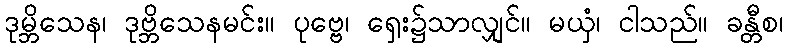
ဒုမ္ဘိသေန၊ ဒုဗ္ဘိသေနမင်း။ ပုဗ္ဗေ၊ ရှေး၌သာလျှင်။ မယှံ၊ ငါသည်။ ခန္တီစ၊